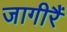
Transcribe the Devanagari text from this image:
जागीरैं